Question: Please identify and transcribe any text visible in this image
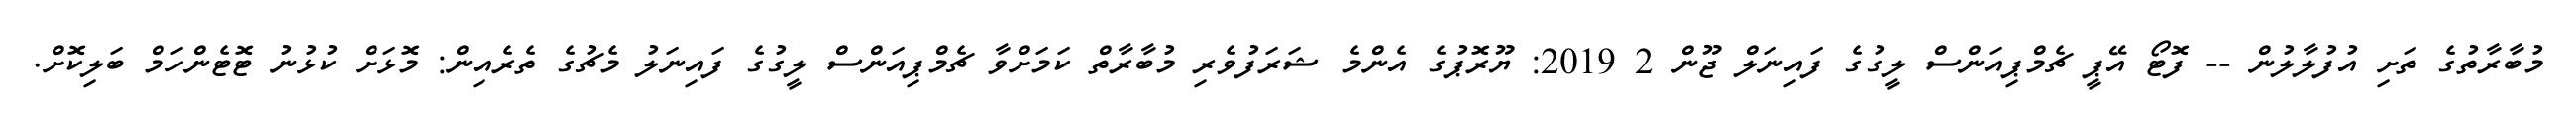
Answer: މުބާރާތުގެ ތަށި އުފުލާލުން -- ފޮޓޯ އޭޕީ ޗެމްޕިއަންސް ލީގުގެ ފައިނަލް ޖޫން 2 2019: ޔޫރޮޕުގެ އެންމެ ޝަރަފުވެރި މުބާރާތް ކަމަށްވާ ޗެމްޕިއަންސް ލީގުގެ ފައިނަލު މެޗުގެ ތެރެއިން: މޮޅަށް ކުޅުނު ޓޮޓެންހަމް ބަލިކޮށް.